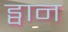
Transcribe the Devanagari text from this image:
ड्वान